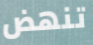
تنهض